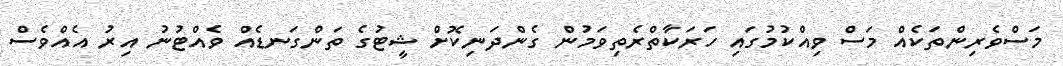
މަސްވެރިންތަކެއް މަސް ވިއްކުމުގައި ހަރަކާތްރެތިވަމުން ގެންދަނިކޮށް ޝީޓުގެ ތަންގަނޑެއް ވެއްޓުނު އިރު އެއްވެސް